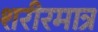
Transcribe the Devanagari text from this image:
शरीरमात्र